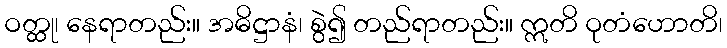
ဝတ္ထု၊ နေရာတည်း။ အဓိဋ္ဌာနံ၊ စွဲ၍ တည်ရာတည်း။ ဣတိ ဝုတံဟောတိ၊